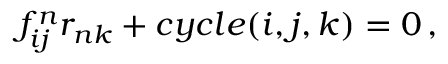
f _ { i j } ^ { n } r _ { n k } + c y c l e ( i , j , k ) = 0 \, ,